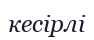
кесірлі